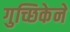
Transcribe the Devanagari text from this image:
गुच्छिकेने